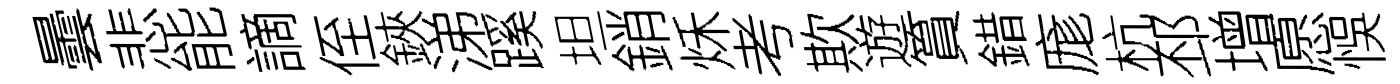
曇悲能謫侄鋏涕蹊坦銷秌考欺遊篔錯庬杭邳增愿悞